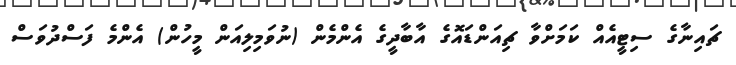
ޗައިނާގެ ސިޓީއެއް ކަމަށްވާ ޗިއަންޑައޮގެ އާބާދީގެ އެންމެން (ނުވަމިލިއަން މީހުން) އެންމެ ފަސްދުވަސް